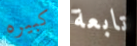
كبيره تابعة